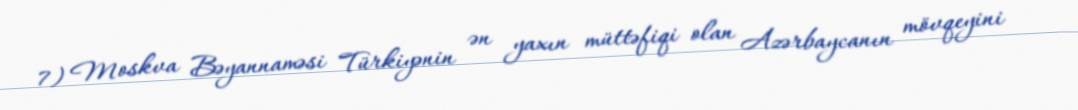
7) Moskva Bəyannaməsi Türkiyənin ən yaxın müttəfiqi olan Azərbaycanın mövqeyini